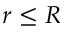
r \le R